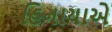
હિનાયાએ